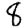
Digit: 8